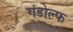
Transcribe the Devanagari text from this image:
गंडोल्फ